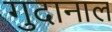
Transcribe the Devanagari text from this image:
गुदानाल